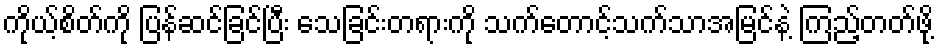
ကိုယ့်စိတ်ကို ပြန်ဆင်ခြင်ပြီး သေခြင်းတရားကို သက်တောင့်သက်သာအမြင်နဲ့ ကြည့်တတ်ဖို့